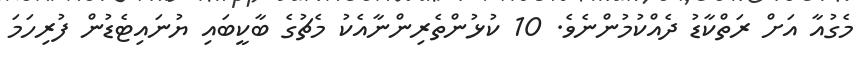
މެގުއާ އަށް ރަތްކާޑު ދެއްކުމުންނެވެ. 10 ކުޅުންތެރިންނާއެކު މެޗުގެ ބާކީބައި ޔުނައިޓެޑުން ފުރިހަމަ